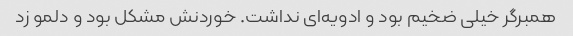
همبرگر خیلی ضخیم بود و ادویه‌ای نداشت. خوردنش مشکل بود و دلمو زد